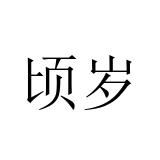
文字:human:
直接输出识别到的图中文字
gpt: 顷岁